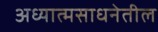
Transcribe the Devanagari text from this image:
अध्यात्मसाधनेतील